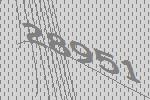
28951